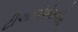
ટીઆઈએસએસ